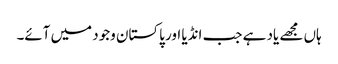
ہاں مجھے یاد ہے جب انڈیا اور پاکستان وجود میں آئے۔